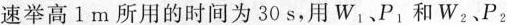
速举高1 m所用的时间为30s，用W_{1}、P_{1}和W_{2}、P_{2}